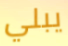
يبلي